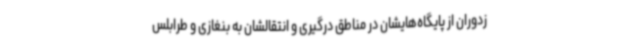
زدوران از پایگاه‌هایشان در مناطق درگیری و انتقالشان به بنغازی و طرابلس